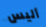
أليس